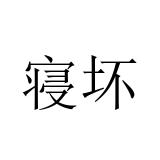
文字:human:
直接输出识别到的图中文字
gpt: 寝坏